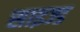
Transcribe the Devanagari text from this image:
साइज्ड